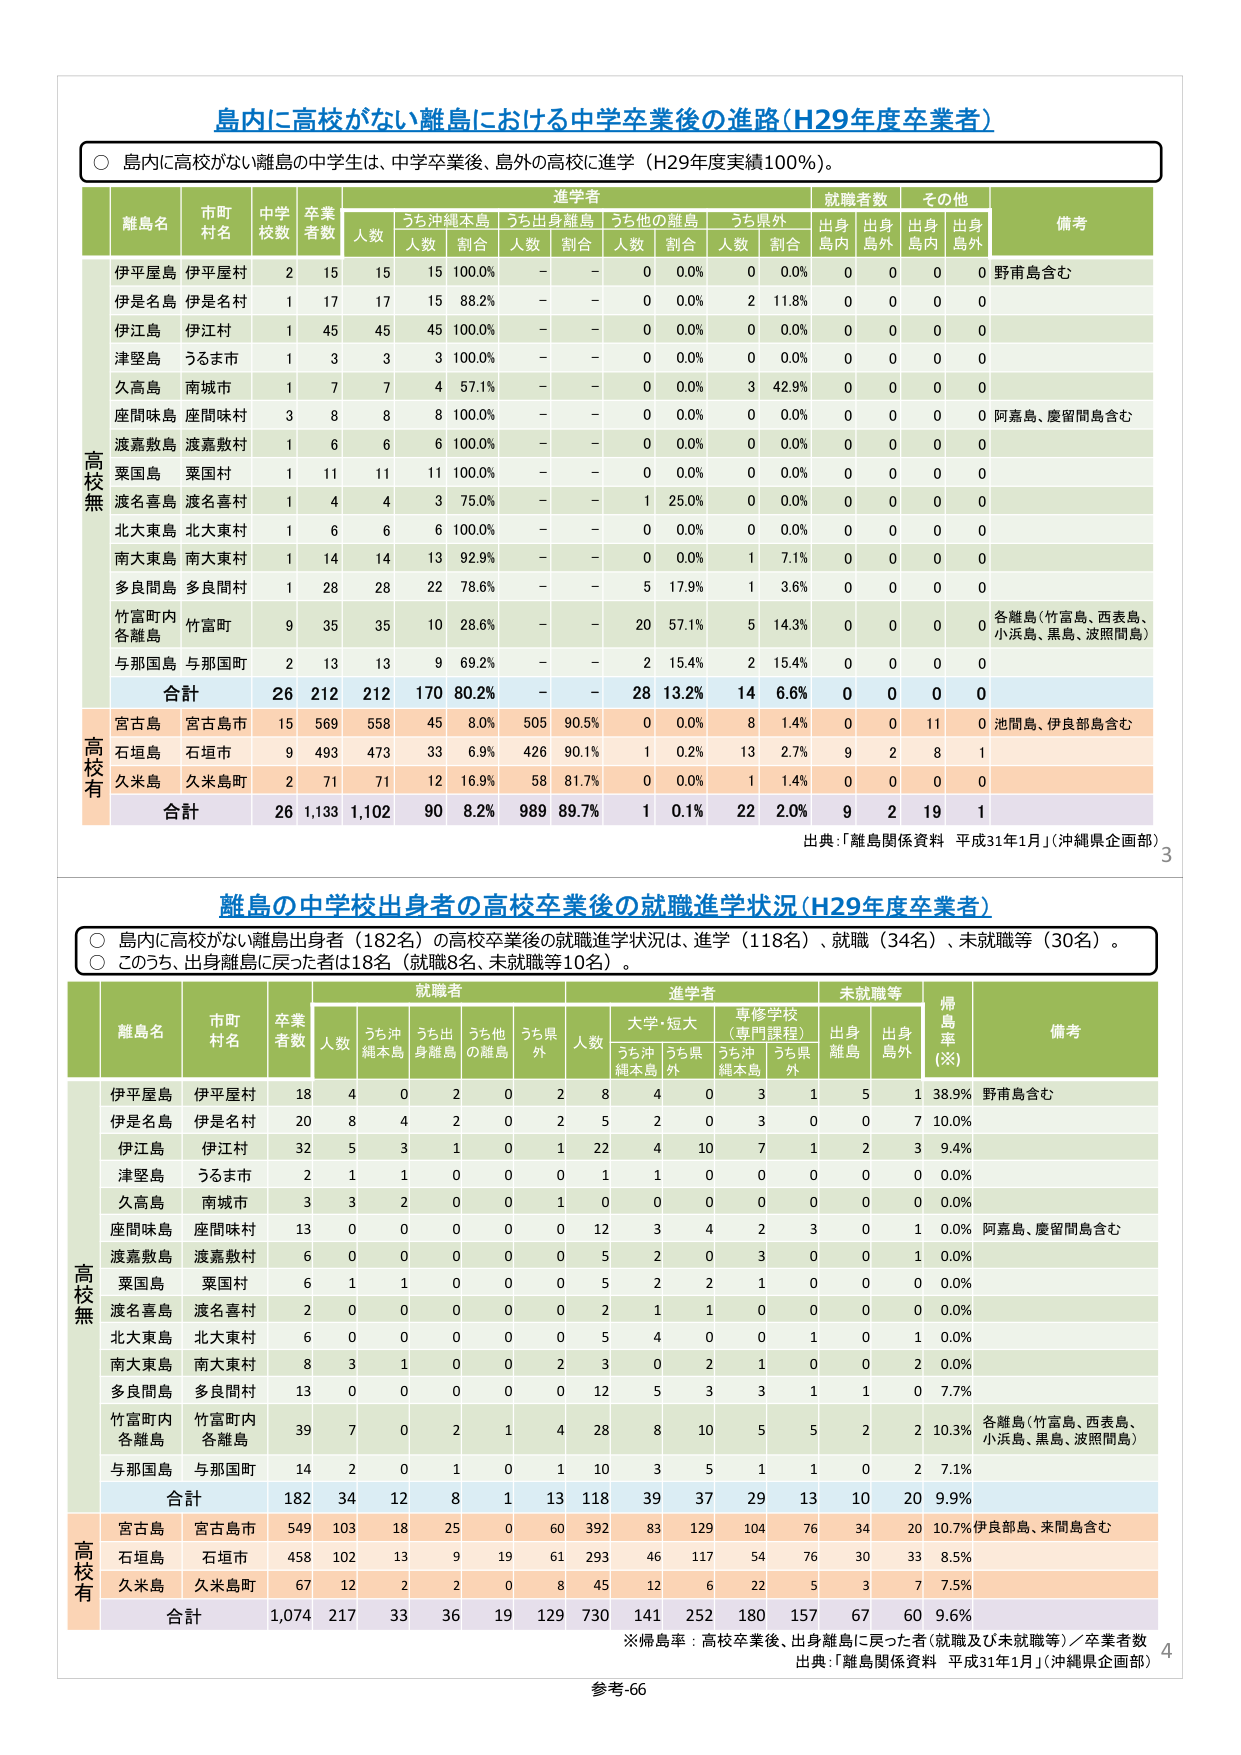
島内に高校がない離島における中学卒業後の進路（H29年度卒業者）

○ 島内に高校がない離島の中学生は、中学卒業後、島外の高校に進学（H29年度実績100%）。

進学者
就職者数
その他
備考
離島名
市町村名
中学校数
卒業者数
人数
うち沖縄本島
人数
割合
うち出身離島
人数
割合
うち他の離島
人数
割合
うち県外
人数
割合
出身島内
出身島外
出身島内
出身島外
高校無
伊平屋島
伊平屋村
2
15
15
15
100.0%
－
－
0
0.0%
0
0.0%
0
0
0
0
野甫島含む
伊是名島
伊是名村
1
17
17
15
88.2%
－
－
0
0.0%
2
11.8%
0
0
0
0
伊江島
伊江村
1
45
45
45
100.0%
－
－
0
0.0%
0
0.0%
0
0
0
0
津堅島
うるま市
1
3
3
3
100.0%
－
－
0
0.0%
0
0.0%
0
0
0
0
久高島
南城市
1
7
7
4
57.1%
－
－
0
0.0%
3
42.9%
0
0
0
0
座間味島
座間味村
3
8
8
8
100.0%
－
－
0
0.0%
0
0.0%
0
0
0
0
阿嘉島、慶留間島含む
渡嘉敷島
渡嘉敷村
1
6
6
6
100.0%
－
－
0
0.0%
0
0.0%
0
0
0
0
粟国島
粟国村
1
11
11
11
100.0%
－
－
0
0.0%
0
0.0%
0
0
0
0
波名喜島
波名喜村
1
4
4
3
75.0%
－
－
1
25.0%
0
0.0%
0
0
0
0
北大東島
北大東村
1
6
6
6
100.0%
－
－
0
0.0%
0
0.0%
0
0
0
0
南大東島
南大東村
1
14
14
13
92.9%
－
－
0
0.0%
1
7.1%
0
0
0
0
多良間島
多良間村
1
28
28
22
78.6%
－
－
5
17.9%
1
3.6%
0
0
0
0
竹富町内各離島
竹富町
9
35
35
10
28.6%
－
－
20
57.1%
5
14.3%
0
0
0
0
各離島（竹富島、西表島、小浜島、黒島、波照間島）
与那国島
与那国町
2
13
13
9
69.2%
－
－
2
15.4%
2
15.4%
0
0
0
0
合計
26
212
212
170
80.2%
－
－
28
13.2%
14
6.6%
0
0
0
0
高校有
宮古島
宮古島市
15
569
558
45
8.0%
505
90.5%
0
0.0%
8
1.4%
0
0
11
0
池間島、伊良部島含む
石垣島
石垣市
9
493
473
33
6.9%
426
90.1%
1
0.2%
13
2.7%
9
2
8
1
久米島
久米島町
2
71
71
12
16.9%
58
81.7%
0
0.0%
1
1.4%
0
0
0
0
合計
26
1,133
1,102
90
8.2%
989
89.7%
1
0.1%
22
2.0%
9
2
19
1
出典：「離島関係資料 平成31年1月」（沖縄県企画部）

離島の中学校出身者の高校卒業後の就職進学状況（H29年度卒業者）

○ 島内に高校がない離島出身者（182名）の高校卒業後の就職進学状況は、進学（118名）、就職（34名）、未就職等（30名）。
○ こころう、出身離島に戻った者は18名（就職8名、未就職等10名）。

就職者
進学者
未就職等
帰島率（※）
備考
離島名
市町村名
卒業者数
人数
うち沖縄本島
うち出身離島
うち他の離島
うち県外
人数
大学・短大
専修学校（専門課程）
出身離島
出身島外
高校無
伊平屋島
伊平屋村
18
4
0
2
0
2
8
4
0
3
1
5
1
38.9%
野甫島含む
伊是名島
伊是名村
20
8
4
2
0
2
5
2
0
3
0
0
7
10.0%
伊江島
伊江村
32
5
3
1
0
1
22
4
10
7
1
2
3
9.4%
津堅島
うるま市
2
1
1
0
0
0
1
1
0
0
0
0
0
0.0%
久高島
南城市
3
3
2
0
0
1
0
0
0
0
0
0
0
0.0%
座間味島
座間味村
13
0
0
0
0
0
12
3
4
2
3
0
1
0.0%
阿嘉島、慶留間島含む
渡嘉敷島
渡嘉敷村
6
0
0
0
0
0
5
2
0
3
0
0
1
0.0%
粟国島
粟国村
6
1
1
0
0
0
5
2
2
1
0
0
0
0.0%
波名喜島
波名喜村
2
0
0
0
0
0
2
1
1
0
0
0
0
0.0%
北大東島
北大東村
6
0
0
0
0
0
5
4
0
0
1
0
1
0.0%
南大東島
南大東村
8
3
1
0
0
2
3
0
2
1
0
0
2
0.0%
多良間島
多良間村
13
0
0
0
0
0
12
5
3
3
1
1
0
7.7%
竹富町内各離島
竹富町内各離島
39
7
0
2
1
4
28
8
10
5
5
2
2
10.3%
各離島（竹富島、西表島、小浜島、黒島、波照間島）
与那国島
与那国町
14
2
0
1
0
1
10
3
5
1
1
0
2
7.1%
合計
182
34
12
8
1
13
118
39
37
29
13
10
20
9.9%
高校有
宮古島
宮古島市
549
103
18
25
0
60
392
83
129
104
76
34
20
10.7%
伊良部島、来間島含む
石垣島
石垣市
458
102
13
9
19
61
293
46
117
54
76
30
33
8.5%
久米島
久米島町
67
12
2
2
0
8
45
12
6
22
5
3
7
7.5%
合計
1,074
217
33
36
19
129
730
141
252
180
157
67
60
9.6%
※帰島率：高校卒業後、出身離島に戻った者（就職及び未就職等）／卒業者数
出典：「離島関係資料 平成31年1月」（沖縄県企画部）

参考-66